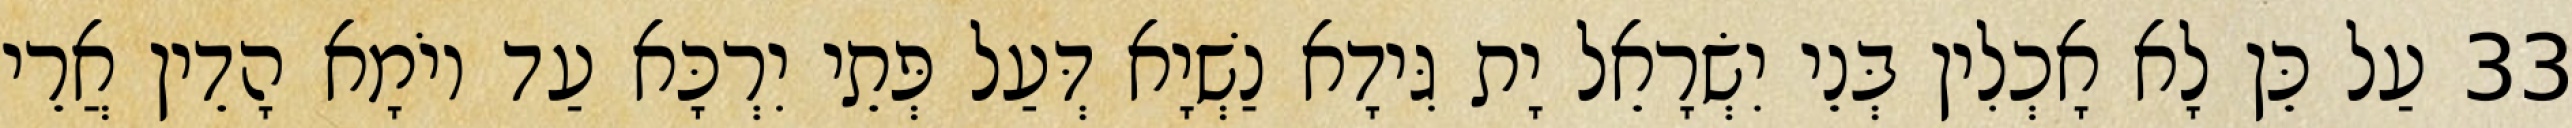
33 עַל כֵּן לָא אָכְלִין בְּנֵי יִשְׂרָאֵל יָת גִּידָא נַשְׁיָא דְּעַל פְּתֵי יִרְכָּא עַד יוֹמָא הָדֵין אֲרֵי